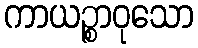
ကာယဉ္စာဝုသော